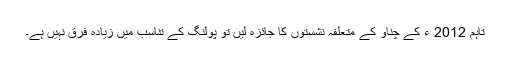
تاہم 2012 ء کے چناؤ کے متعلقہ نشستوں کا جائزہ لیں تو پولنگ کے تناسب میں زیادہ فرق نہیں ہے۔